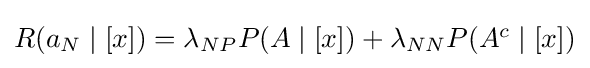
\textstyle R(a_{N}\mid [x])=\lambda _{NP}P(A\mid [x])+\lambda _{NN}P(A^{c}\mid [x])